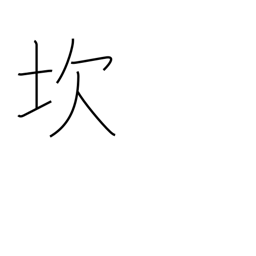
Meaning: pitfall